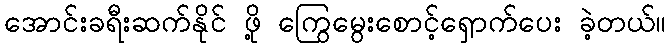
အောင်းခရီးဆက်နိုင် ဖို့ ကြွေမွေးစောင့်ရှောက်ပေး ခဲ့တယ်။